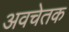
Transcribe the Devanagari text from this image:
अवचेतक